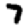
Digit: 7